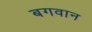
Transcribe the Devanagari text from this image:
बगवान